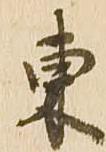
東